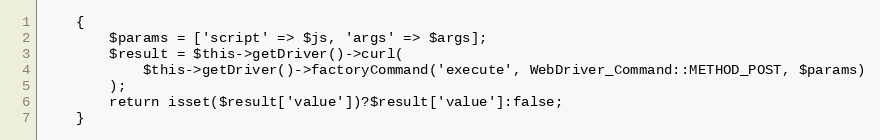
Language: PHP
    {
        $params = ['script' => $js, 'args' => $args];
        $result = $this->getDriver()->curl(
            $this->getDriver()->factoryCommand('execute', WebDriver_Command::METHOD_POST, $params)
        );
        return isset($result['value'])?$result['value']:false;
    }